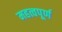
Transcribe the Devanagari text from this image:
महत्वपूर्ण